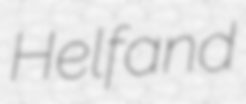
Helfand